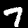
Label: 7